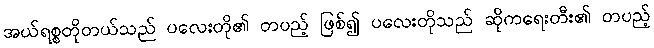
အယ်ရစ္စတိုတယ်သည် ပလေးတို၏ တပည့် ဖြစ်၍ ပလေးတိုသည် ဆိုကရေးတီး၏ တပည့်